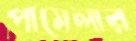
পামেলার